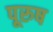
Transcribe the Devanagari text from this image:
पूरुष